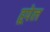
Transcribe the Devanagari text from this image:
हूपेल